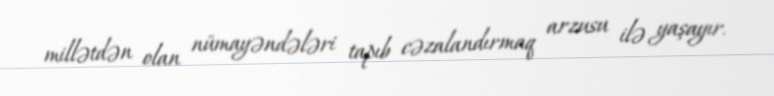
millətdən olan nümayəndələri tapıb cəzalandırmaq arzusu ilə yaşayır.